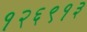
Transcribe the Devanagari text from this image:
१२६९१३